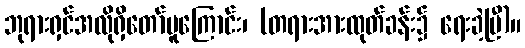
ဘုရားရှင်အလိုရှိတော်မူကြောင်း၊ (တရားအားထုတ်ခန်း၌ ရေးခဲ့ပြီ)။